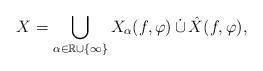
LaTeX: \begin{align*}X= \bigcup_{\alpha\in\mathbb R\cup\{\infty\}} X_\alpha(f,\varphi)\,\dot\cup \,\hat{X}(f,\varphi),\end{align*}